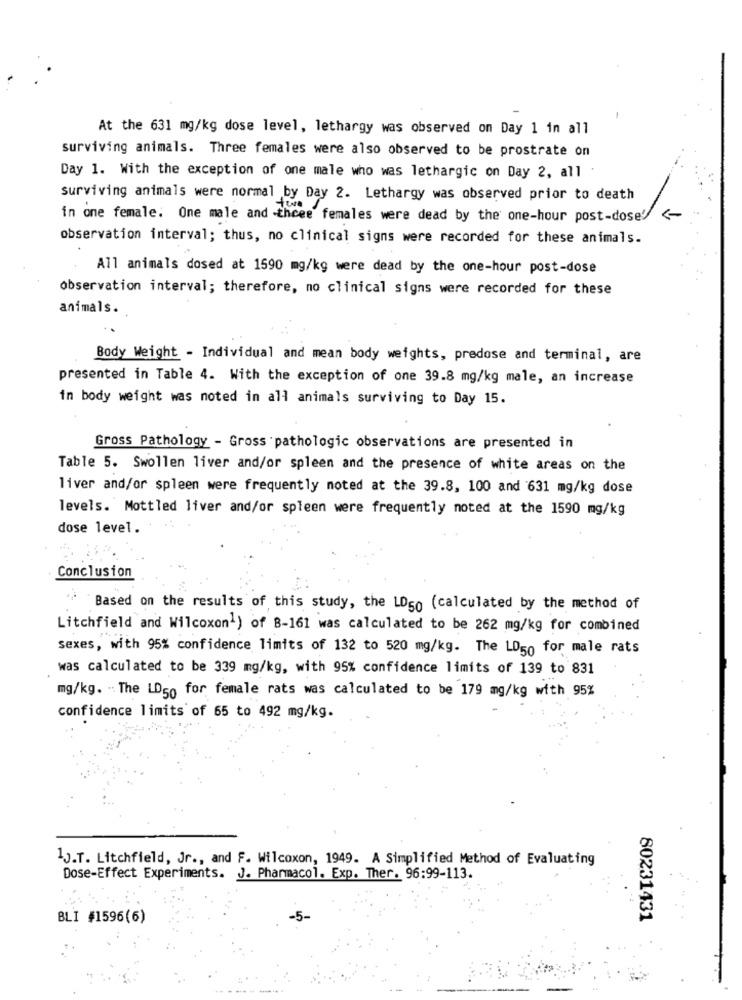
At the 631 mg/kg dose level, lethargy was observed on Day 1 in all
surviving animals. Three females were also observed to be prostrate on
Day 1. With the exception of one male who was lethargic on Day 2, all
surviving animals were normal by Day 2. Lethargy was observed prior to death
in one female. One male and three females were dead by the one-hour post-dose' <-
observation interval; thus, no clinical signs were recorded for these animals.
All animals dosed at 1590 mg/kg were dead by the one-hour post-dose
observation interval; therefore, no clinical signs were recorded for these
animals.
Body Weight - Individual and mean body weights, predose and terminal, are
presented in Table 4. With the exception of one 39.8 mg/kg male, an increase
in body weight was noted in all animals surviving to Day 15.
Gross Pathology - Gross pathologic observations are presented in
Table 5. Swollen liver and/or spleen and the presence of white areas on the
liver and/or spleen were frequently noted at the 39.8, 100 and 631 mg/kg dose
levels. Mottled liver and/or spleen were frequently noted at the 1590 mg/kg
dose level.
Conclusion
Based on the results of this study, the LD50 (calculated by the method of
Litchfield and Wilcoxon1) of 8-161 was calculated to be 262 mg/kg for combined
sexes, with 95% confidence limits of 132 to 520 mg/kg. The LD50 for male rats
was calculated to be 339 mg/kg, with 95% confidence limits of 139 to 831
mg/kg. " The LD50 for female rats was calculated to be 179 mg/kg with 95%
confidence limits of 65 to 492 mg/kg.
1J.T. Litchfield, Jr ., and F. Wilcoxon, 1949. A Simplified Method of Evaluating
Dose-Effect Experiments. J. Pharmacol. Exp. Ther. 96:99-113.
BLI #1596(6)
80231431